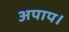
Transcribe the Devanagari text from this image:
अपाप।